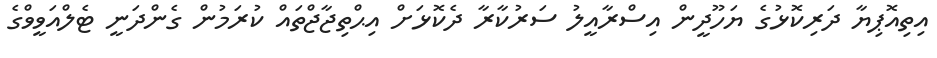
އިތިއޮޕިޔާ ދަރިކޮޅުގެ ޔަހޫދީން އިސްރާއީލު ސަރުކާރާ ދެކޮޅަށް އިޙްތިޖާޖްތައް ކުރަމުން ގެންދަނީ ޓެލްއަވީވްގެ